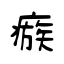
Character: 瘯